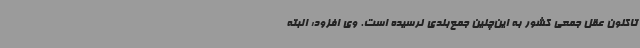
تاکنون عقل جمعی کشور به این‌چنین جمع‌بندی نرسیده است. وی افزود: البته